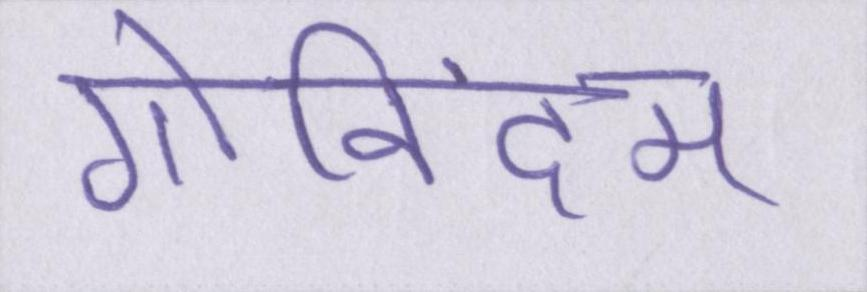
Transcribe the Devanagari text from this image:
गोविंदम